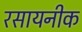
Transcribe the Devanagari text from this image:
रसायनीक